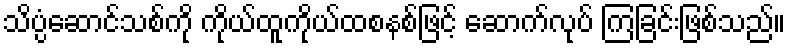
သိပ္ပံဆောင်သစ်ကို ကိုယ်ထူကိုယ်ထစနစ်ဖြင့် ဆောက်လုပ် ကြခြင်းဖြစ်သည်။